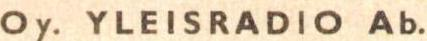
Oy. YLEISRADIO Ab.